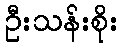
ဦးသန်းစိုး